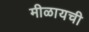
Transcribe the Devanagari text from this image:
मीळायची